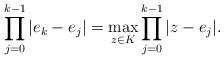
LaTeX: \begin{align*}\prod_{j=0}^{k-1}\vert e_k-e_j\vert=\max_{z\in K} \prod_{j=0}^{k-1}\vert z-e_j\vert.\end{align*}